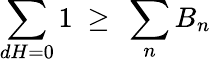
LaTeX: \sum_{dH=0}1\ \geq\ \sum_{n}B_{n}